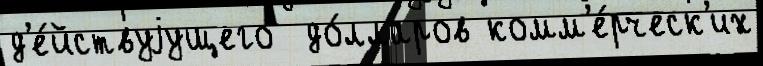
д'е́йствуjущего  до́лларов комм'е́рческ'их